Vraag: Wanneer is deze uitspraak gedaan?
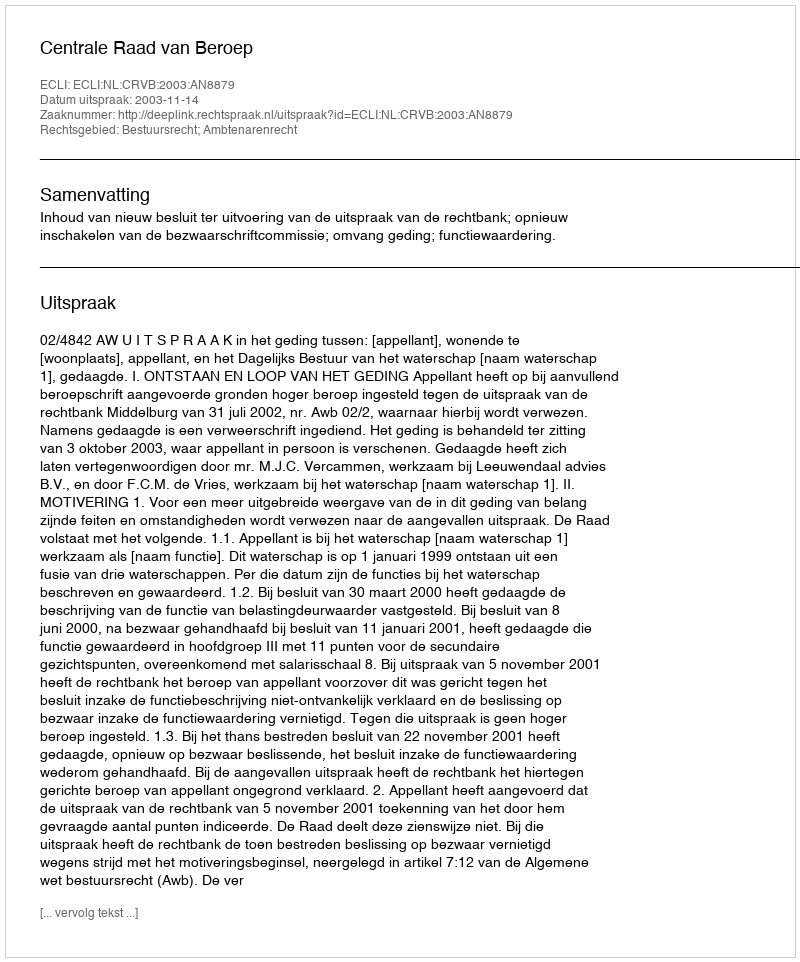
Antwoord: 2003-11-14